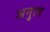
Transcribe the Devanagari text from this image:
अनुाव